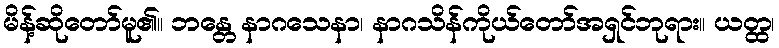
မိန့်ဆိုတော်မူ၏။ ဘန္တေ နာဂသေနာ၊ နာဂသိန်ကိုယ်တော်အရှင်ဘုရား။ ယတ္ထ၊